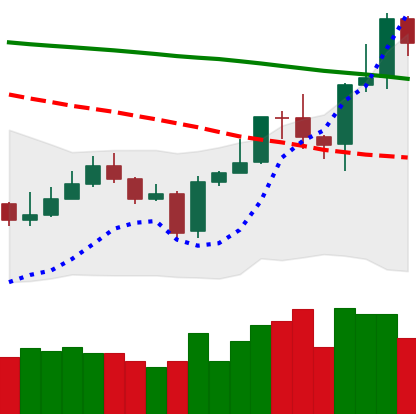
Ticker: EOS-USD
Chart end date: 2020-01-13
Forward return: 22.731%
Label: up_7plus